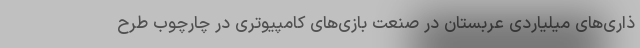
ذاری‌های میلیاردی عربستان در صنعت بازی‌های کامپیوتری در چارچوب طرح